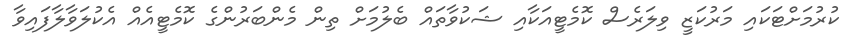
ކުރުމަށްޓަކައި މަރުކަޒީ ވިލަރެސް ކޮމެޓީއަކާއި ޝަކުވާތައް ބެލުމަށް ތިން މެންބަރުންގެ ކޮމެޓީއެއް އެކުލަވާލާފައިވާ